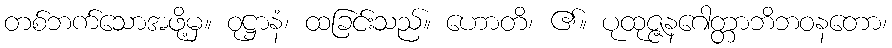
တစ်ဘက်သောအဖို့မှ။ ဝုဋ္ဌာနံ၊ ထခြင်းသည်။ ဟောတိ၊ ၏။ ပုထုဇ္ဇနဂေါတ္တာဘိဘဝနတော၊